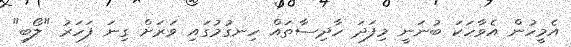
އެމީހުން އެވާހަކަ ބުނަނީ މިފަދަ ހާދިސާތައް ހިނގުމުގައި ވަރަށް ގިނަ ފަހަރު "ލޯބި"